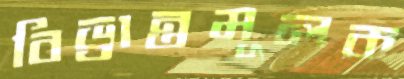
বিভ্রান্তমূলক